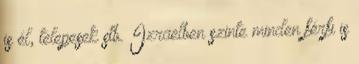
is él, telepesek stb. Izraelben szinte minden férfi is